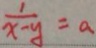
\frac { 1 } { x - y } = a